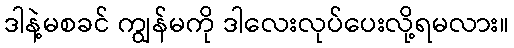
ဒါနဲ့မစခင် ကျွန်မကို ဒါလေးလုပ်ပေးလို့ရမလား။